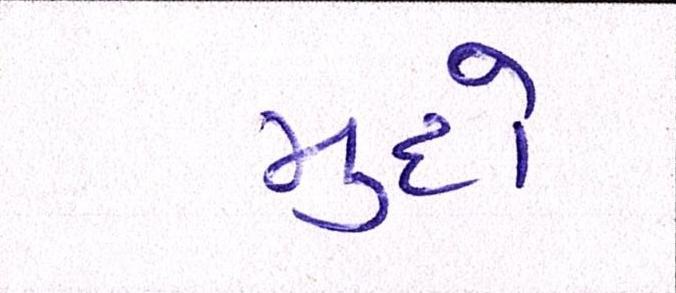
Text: મુદો